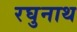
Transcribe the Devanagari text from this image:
रघुनाथ